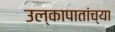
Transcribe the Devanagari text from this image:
उल्कापातांच्या